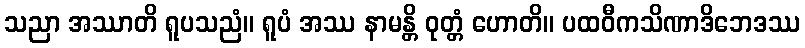
သညာ အဿာတိ ရူပသညံ။ ရူပံ အဿ နာမန္တိ ဝုတ္တံ ဟောတိ။ ပထဝီကသိဏာဒိဘေဒဿ